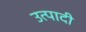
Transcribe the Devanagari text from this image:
उत्पादी